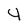
Character: 4